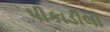
પીકાડીલી